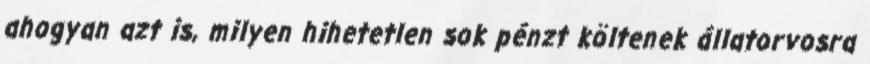
ahogyan azt is, milyen hihetetlen sok pénzt költenek állatorvosra